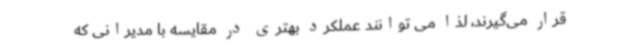
قرار می‌گیرند، لذا می توانند عملکرد بهتری در مقایسه با مدیرانی که